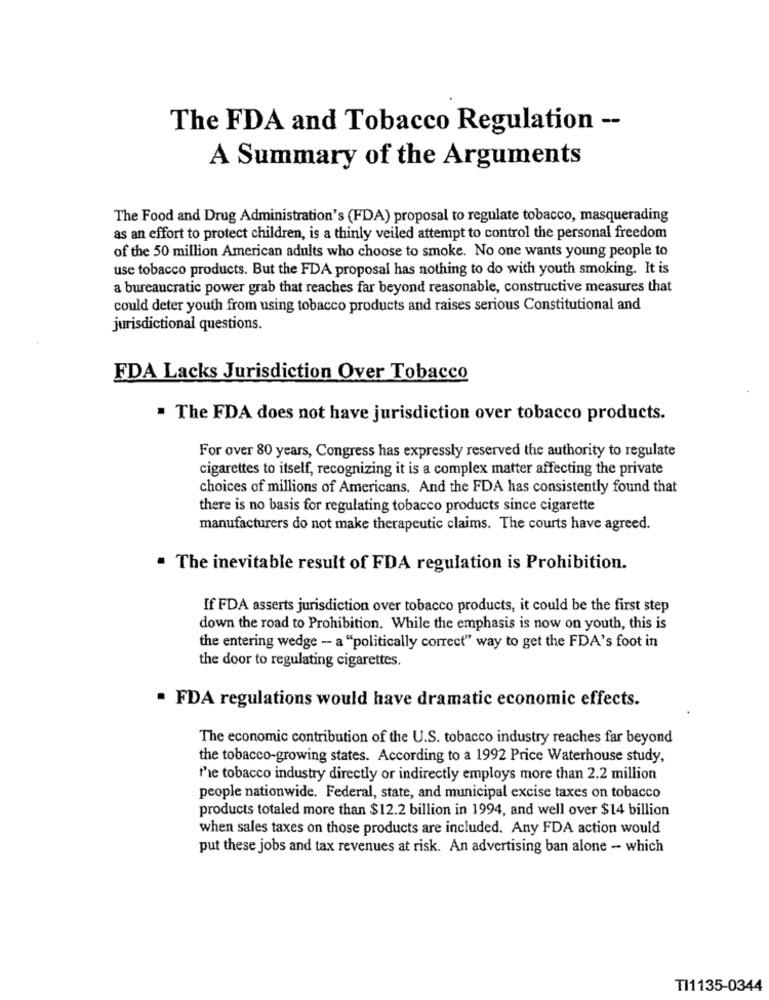
The FDA and Tobacco Regulation --
A Summary of the Arguments
The Food and Drug Administration's (FDA) proposal to regulate tobacco, masquerading
as an effort to protect children, is a thinly veiled attempt to control the personal freedom
of the 50 million American adults who choose to smoke. No one wants young people to
use tobacco products. But the FDA proposal has nothing to do with youth smoking. It is
a bureaucratic power grab that reaches far beyond reasonable, constructive measures that
could deter youth from using tobacco products and raises serious Constitutional and
jurisdictional questions.
FDA Lacks Jurisdiction Over Tobacco
. The FDA does not have jurisdiction over tobacco products.
For over 80 years, Congress has expressly reserved the authority to regulate
cigarettes to itself, recognizing it is a complex matter affecting the private
choices of millions of Americans. And the FDA has consistently found that
there is no basis for regulating tobacco products since cigarette
manufacturers do not make therapeutic claims. The courts have agreed.
. The inevitable result of FDA regulation is Prohibition.
If FDA asserts jurisdiction over tobacco products, it could be the first step
down the road to Prohibition. While the emphasis is now on youth, this is
the entering wedge - a "politically correct" way to get the FDA's foot in
the door to regulating cigarettes.
· FDA regulations would have dramatic economic effects.
The economic contribution of the U.S. tobacco industry reaches far beyond
the tobacco-growing states. According to a 1992 Price Waterhouse study,
the tobacco industry directly or indirectly employs more than 2.2 million
people nationwide. Federal, state, and municipal excise taxes on tobacco
products totaled more than $12.2 billion in 1994, and well over $14 billion
when sales taxes on those products are included. Any FDA action would
put these jobs and tax revenues at risk. An advertising ban alone - which
TI1135-0344